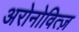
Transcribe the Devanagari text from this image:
अरोनोवित्ज़